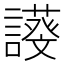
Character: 𧬖